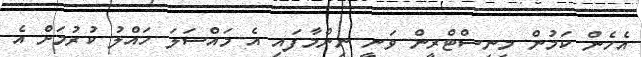
އެހެން ކަމުން މިނިސްޓްރީން ވަނީ ނިންމާފައި އެ މައްސަލަ ހައްލު ކުރުމަށް އެ